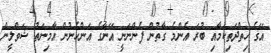
އޭގެ ހިތްދަތިކަމާއި ބުރަ އެންމެ ގާތުން ފެންނަނީ އޭނާގެ އަންހެނުން އާމިނަތު ޝަވްލީން